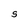
Character: S